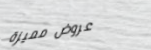
عروض مميزة